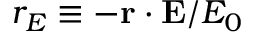
r _ { E } \equiv - \mathbf { r } \cdot \mathbf { E } / E _ { 0 }